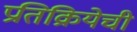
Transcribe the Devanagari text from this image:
प्रतिक्रियेची